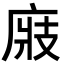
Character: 𢉎